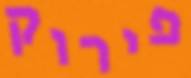
פירוק